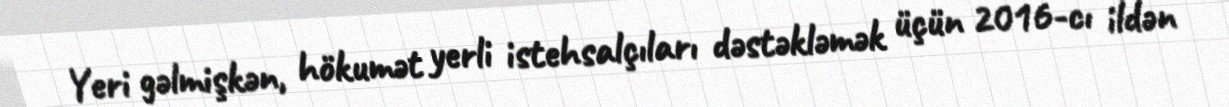
Yeri gəlmişkən, hökumət yerli istehsalçıları dəstəkləmək üçün 2016-cı ildən